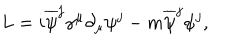
LaTeX: L = i \overline { { { \psi } } } ^ { j } { \gamma } ^ { \mu } \partial _ { \mu } { \psi } ^ { j } - m \overline { { { \psi } } } ^ { j } { \psi } ^ { j } ,